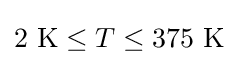
2~{\text{K}}\leq T\leq 375~{\text{K}}